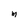
Character: m